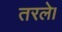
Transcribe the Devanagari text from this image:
तरले।